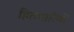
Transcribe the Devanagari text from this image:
हितधारियों